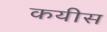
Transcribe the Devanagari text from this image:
कयीस